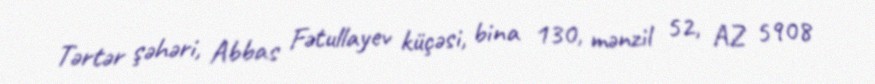
Tərtər şəhəri, Abbas Fətullayev küçəsi, bina 130, mənzil 52, AZ 5908